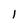
Character: 1